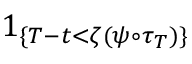
1 _ { \{ T - t < \zeta ( \psi \circ \tau _ { T } ) \} }